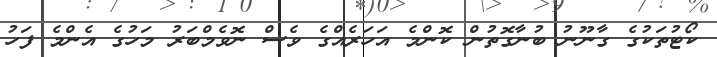
ކޯޓުތަކުގެ ގާނޫނު ބުނާގޮތުން ކޮންމެ އަހަރެއްގެ ވެސް ނޮވެމްބަރު މަހުގެ އެންމެ ފަހު